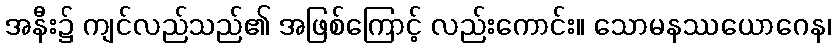
အနီး၌ ကျင်လည်သည်၏ အဖြစ်ကြောင့် လည်းကောင်း။ သောမနဿယောဂေန၊